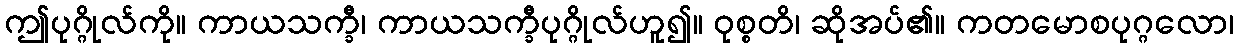
ဤပုဂ္ဂိုလ်ကို။ ကာယသက္ခီ၊ ကာယသက္ခီပုဂ္ဂိုလ်ဟူ၍။ ဝုစ္စတိ၊ ဆိုအပ်၏။ ကတမောစပုဂ္ဂလော၊